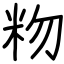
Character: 粅